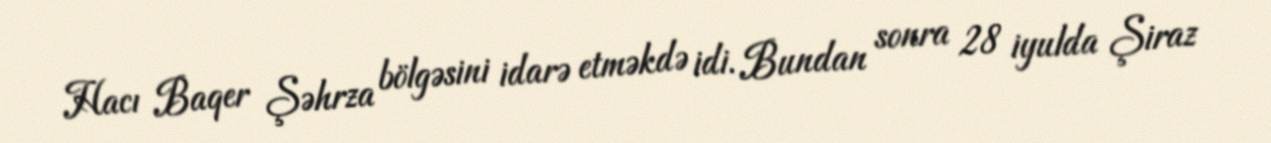
Hacı Baqer Şəhrza bölgəsini idarə etməkdə idi. Bundan sonra 28 iyulda Şiraz